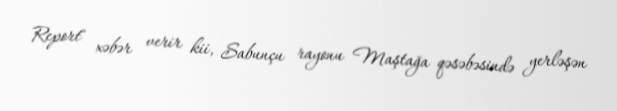
Report" xəbər verir kii, Sabunçu rayonu Maştağa qəsəbəsində yerləşən